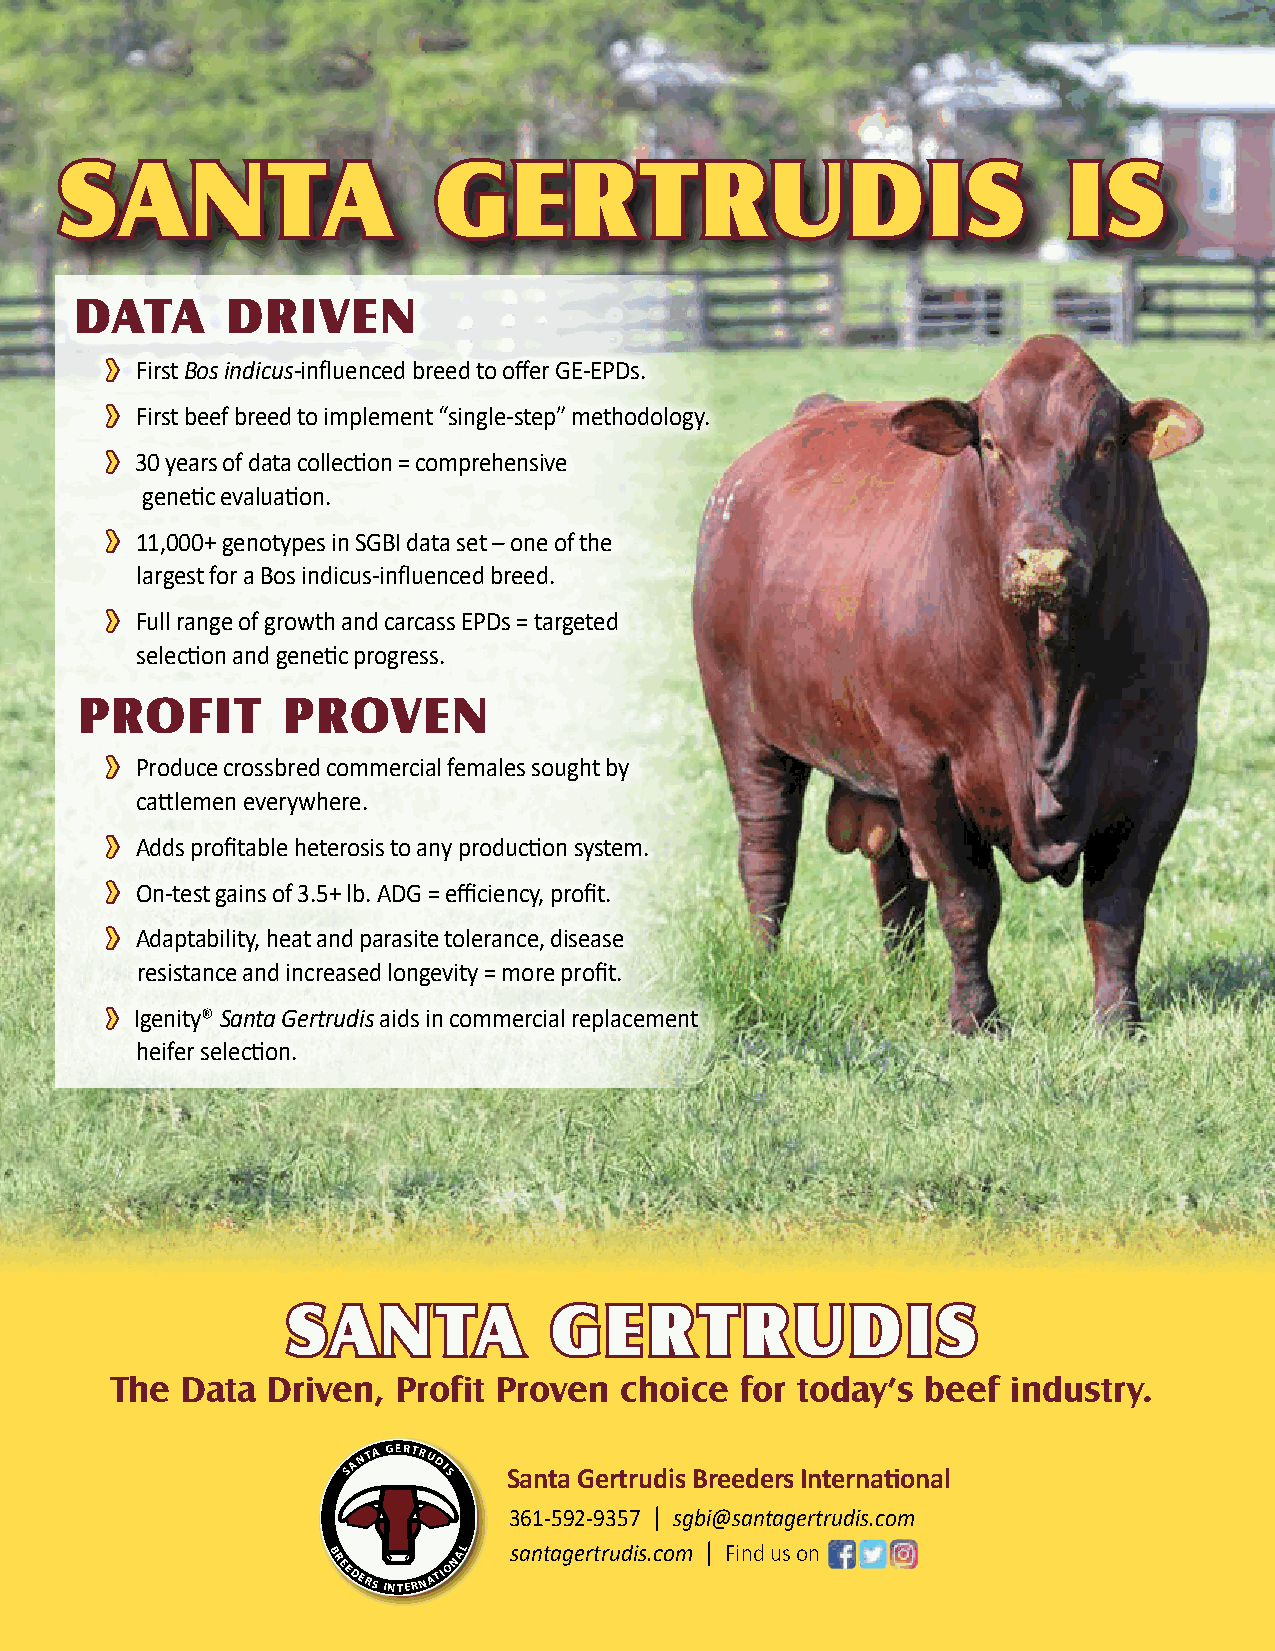
2020    Sale Day  Fun
 SSAANNTTAA               GGEERRTTRRUUDDIISS                        IISS
 DDAATTAA  DDRRIIVVEENN
 ››
 First Bos indicus-influenced breed to offer GE-EPDs.
 ››
 First beef breed to implement “single-step” methodology.
 ››
 30 years of data collection = comprehensive
 genetic evaluation.
 ››
 11,000+ genotypes in SGBI data set – one of the
 largest for a Bos indicus-influenced breed.
 ››
 Full range of growth and carcass EPDs = targeted
 selection and genetic progress.
 PPRROOFFIITT  PPRROOVVEENN
 ››
 Produce crossbred commercial females sought by
 cattlemen everywhere.
 ››
 Adds profitable heterosis to any production system.
 ››
 On-test gains of 3.5+ lb. ADG = efficiency, profit.
 ››
 Adaptability, heat and parasite tolerance, disease
 resistance and increased longevity = more profit.
 ››
 Igenity® Santa Gertrudis aids in commercial replacement
 heifer selection.
 SSAANNTTAA       GGEERR    TTRRUUDDIISS
 The  Data  Driven, Profit Proven  choice  for today’s beef  industry.
 SA N
 TA GERTRUDIS
 Santa Gertrudis Breeders International
 361-592-9357 | sgbi@santagertrudis.com
 B
 AL  santagertrudis.com | Find us on
 REEDERS INTERNATION
 4     TRIED & TRUE PRODUCTION SALE          OCTOBER  16, 2021